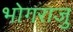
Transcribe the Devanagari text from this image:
भोगराजु